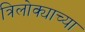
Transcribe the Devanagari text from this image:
त्रिलोक्याच्या